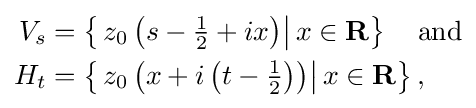
{\begin{aligned}V_{s}&=\left\{\left.z_{0}\left(s-{\tfrac {1}{2}}+ix\right)\right\vert x\in \mathbf {R} \right\}\quad {\text{and}}\\H_{t}&=\left\{\left.z_{0}\left(x+i\left(t-{\tfrac {1}{2}}\right)\right)\right\vert x\in \mathbf {R} \right\},\end{aligned}}